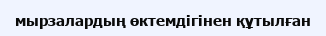
мырзалардың өктемдігінен құтылған